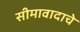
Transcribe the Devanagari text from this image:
सीमावादाचे